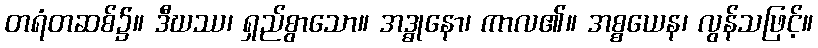
တရံတဆစ်၌။ ဒီဃဿ၊ ရှည်စွာသော။ အဒ္ဓုနော၊ ကာလ၏။ အစ္စယေန၊ လွန်သဖြင့်။